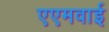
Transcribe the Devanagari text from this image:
एएमवाई